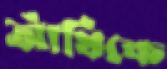
আঁখিকে